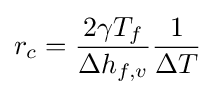
r_{c}={\frac {2\gamma T_{f}}{\Delta h_{f,v}}}{\frac {1}{\Delta T}}